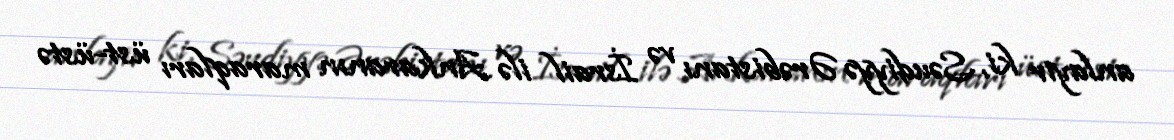
anlayır ki, Səudiyyə Ərəbistanı və İsrail ilə Ankaranın maraqları üst-üstə